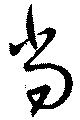
當